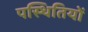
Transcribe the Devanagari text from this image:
पस्थितियों